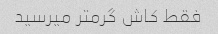
فقط کاش گرمتر میرسید